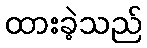
ထားခဲ့သည်